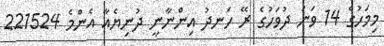
މިމަހުގެ 14 ވަނަ ދުވަހުގެ ރޭ ހަނދު އިންނާނީ ދުނިޔެއާ އެންމެ 221524